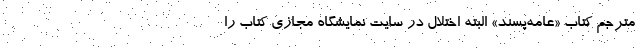
مترجم کتاب «عامه‌پسند» البته اختلال در سایت نمایشگاه مجازی کتاب را